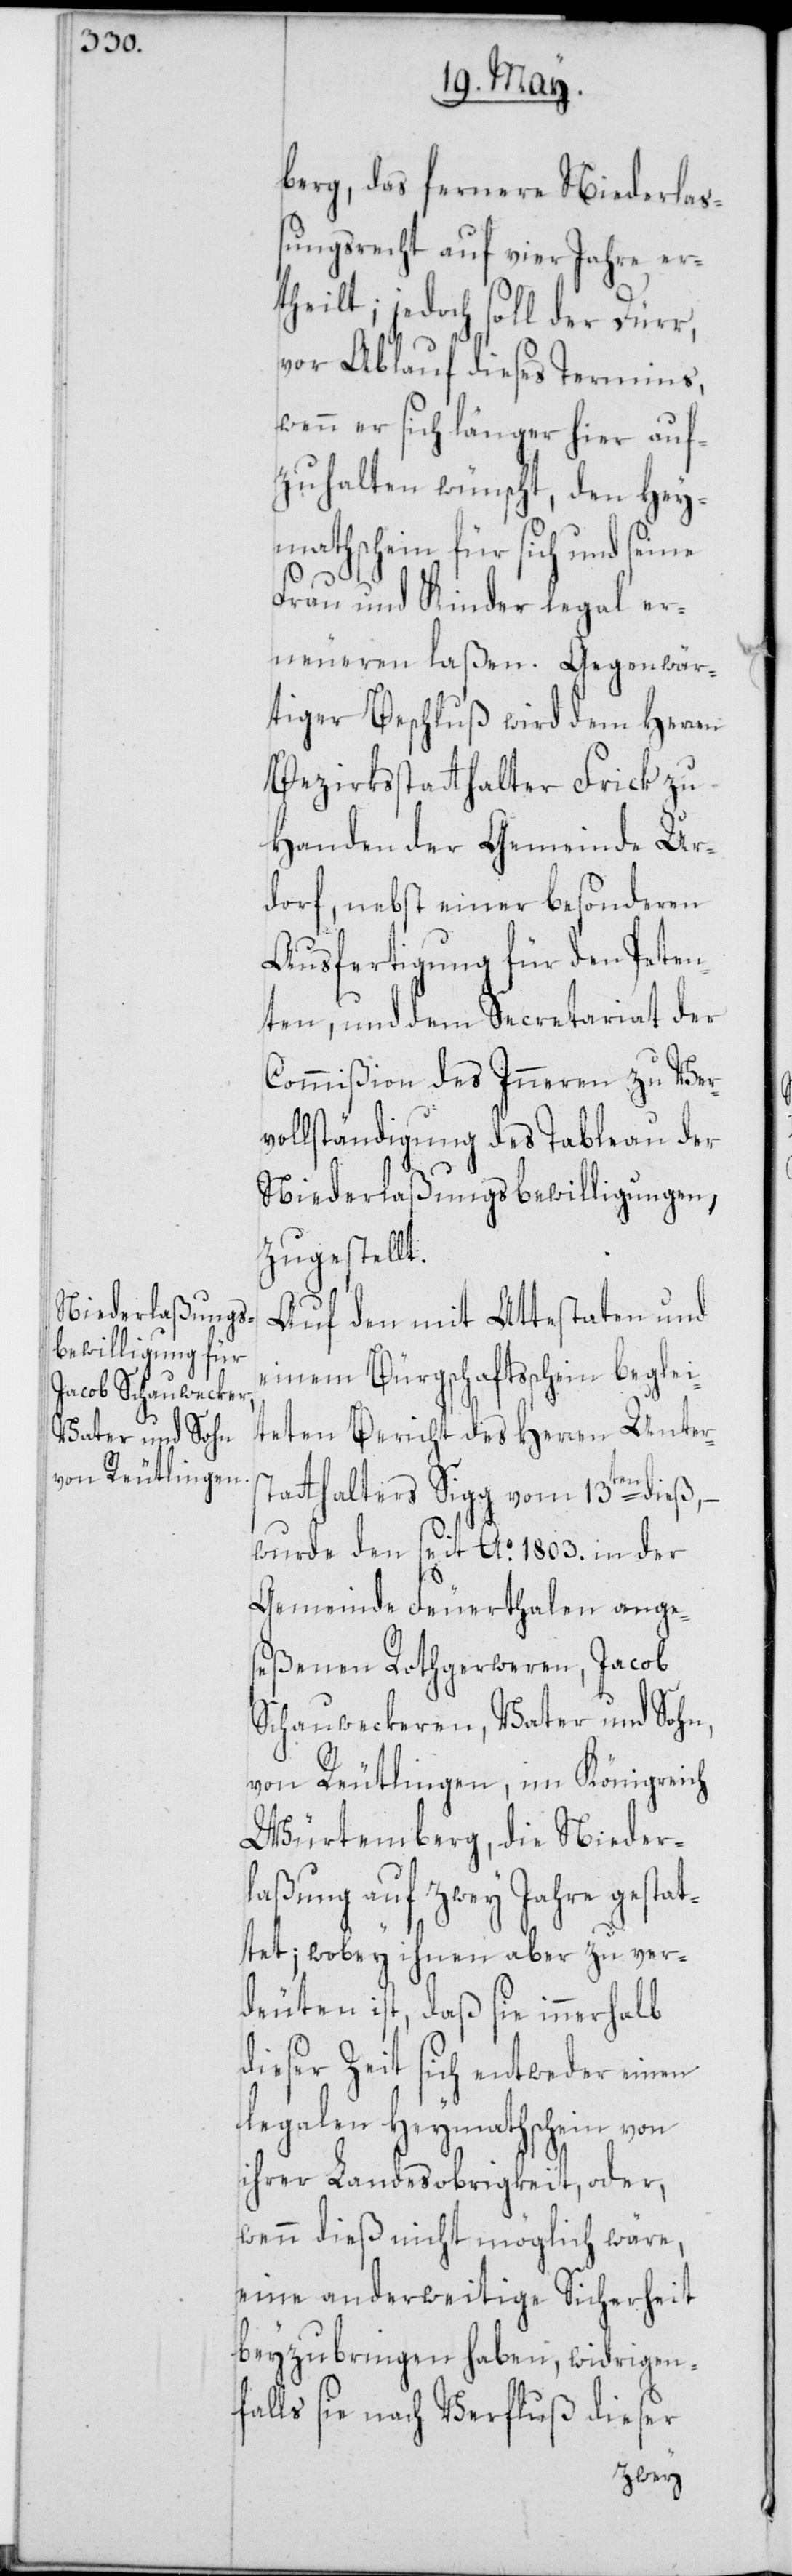
Vater und Sohn,

berg, das fernere Niederlaß¬
ungsrecht auf vier Jahre er¬
theilt; jedoch soll der Dürr,
vor Ablauf dieses Termins,
wenn er sich länger hier auf¬
zuhalten wünscht, den Hey¬
mathschein für sich und seine
Frau und Kinder legal er¬
neueren laßen. Gegenwär¬
tiger Beschluß wird dem Herren
Bezirksstatthalter Frick zu
Handen der Gemeinde Ur¬
dorf, nebst einer besonderen
Ausfertigung für den Peten¬
ten, und dem Secretariat der
Commißion des Inneren zu Ver¬
vollständigung des Tableau der
Niederlaßungsbewilligungen,
zugestellt.
Auf den mit Attestaten und
einem Bürgschaftsschein beglei¬
teten Bericht des Herren Unters¬
tatthalters Sigg vom 13ten dieß, –
wurde den seit Ao. 1803. in der
Gemeinde Feuerthalen ange¬
seßenen Rothgerweren, Jacob
von Reutlingen, im Königreich
Würtemberg, die Nieder¬
laßung auf zwey Jahre gestat¬
tet; wobey ihnen aber zu ver¬
deuten ist, daß sie innerhalb
dieser Zeit sich entweder einen
legalen Heymathschein von
ihrer Landesobrigkeit, oder,
wenn dieß nicht möglich wäre,
eine anderweitige Sicherheit
beyzubringen haben, widrigen¬
falls sie nach Verfluß dieser